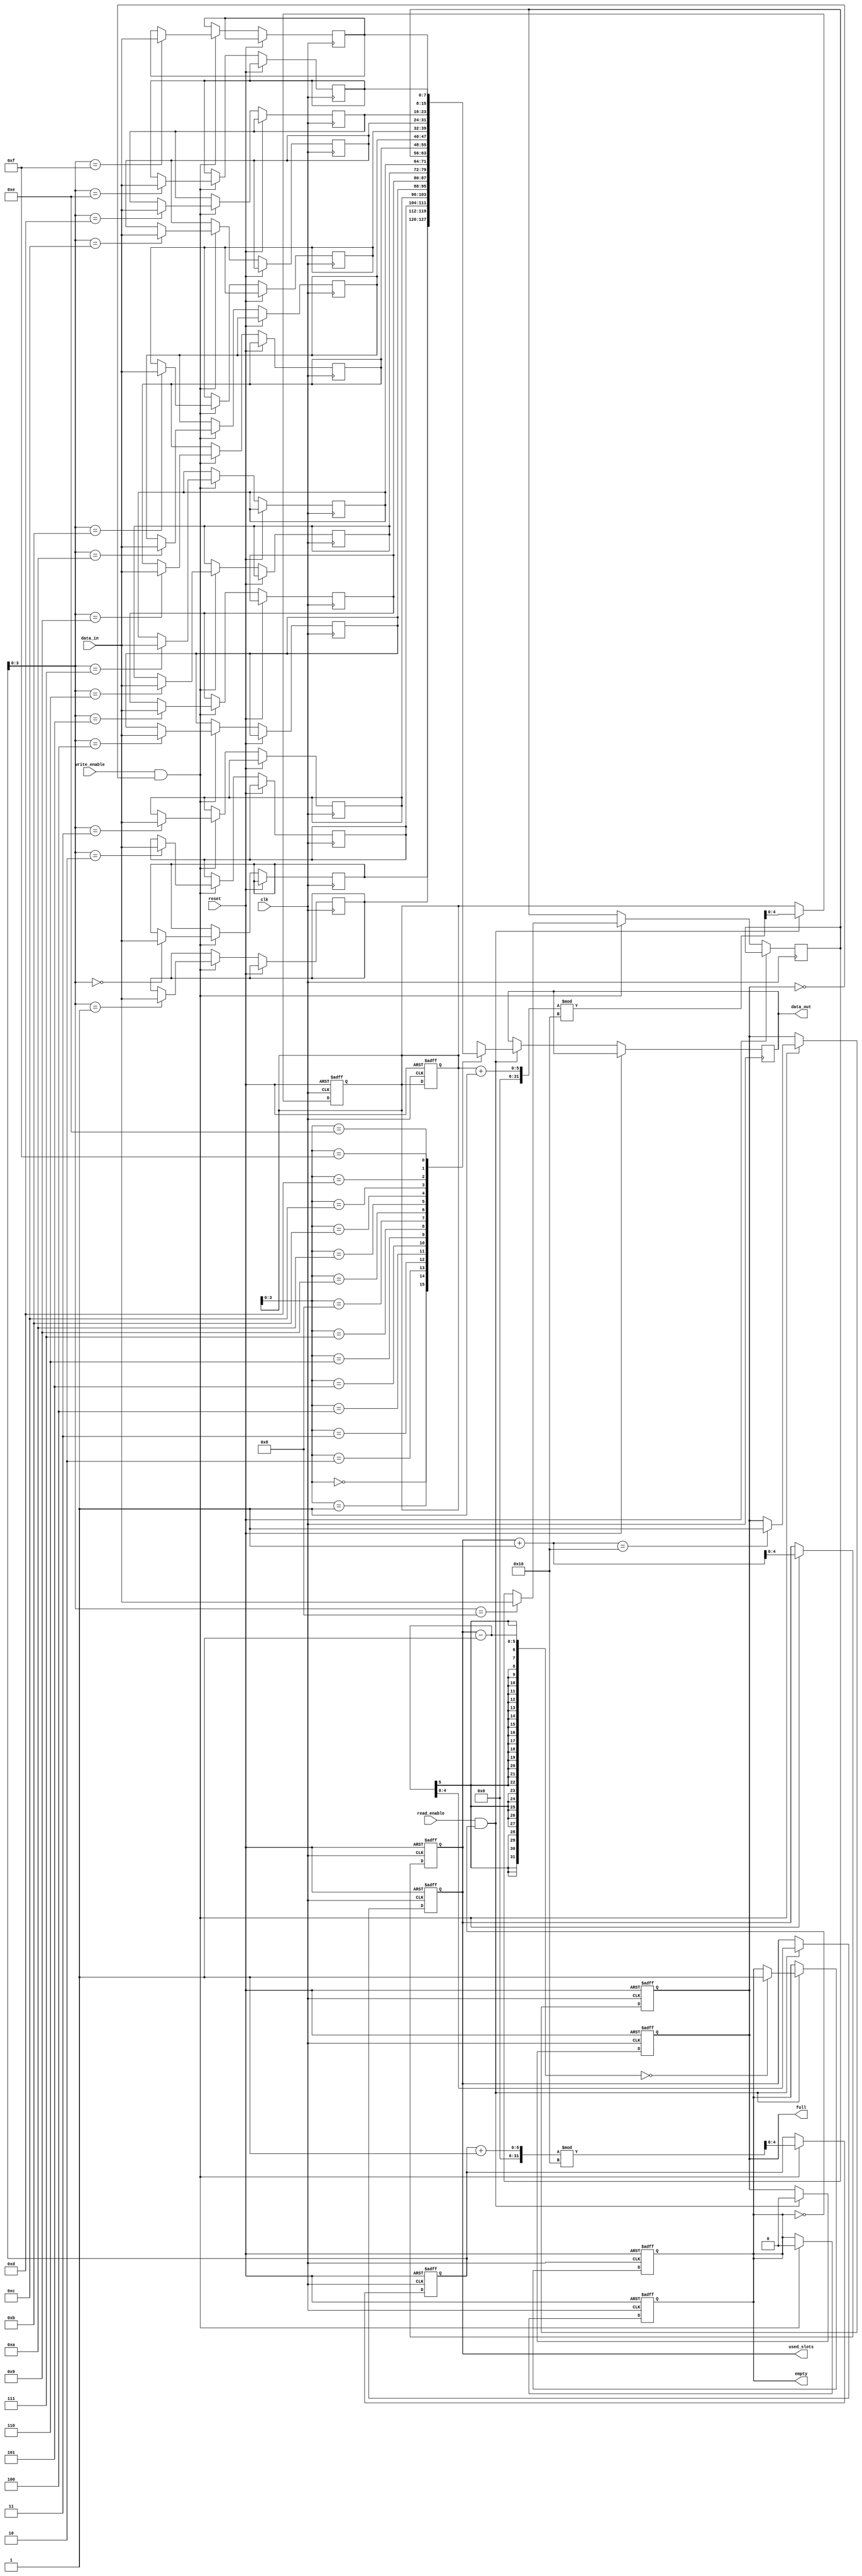
module parameterized_fifo #(
    parameter DATA_WIDTH = 8,      // Width of each data entry in bits
    parameter FIFO_DEPTH = 16       // Total number of entries (must be a power of 2)
) (
    input  wire                  clk,           // Clock signal
    input  wire                  reset,         // Asynchronous reset
    input  wire                  write_enable,  // Write enable signal
    input  wire                  read_enable,   // Read enable signal
    input  wire [DATA_WIDTH-1:0] data_in,       // Input data bus
    output reg  [DATA_WIDTH-1:0] data_out,      // Output data bus
    output reg                   full,          // FIFO full status
    output reg                   empty,         // FIFO empty status
    output reg [4:0]            used_slots      // Number of used slots
);

    // Internal memory array
    reg [DATA_WIDTH-1:0] fifo_mem [0:FIFO_DEPTH-1];

    // Read and Write pointers
    reg [4:0] read_ptr;
    reg [4:0] write_ptr;

    // Initialize signals
    initial begin
        read_ptr = 0;
        write_ptr = 0;
        used_slots = 0;
        full = 0;
        empty = 1;
    end

    // Write operation
    always @(posedge clk or posedge reset) begin
        if (reset) begin
            read_ptr <= 0;
            write_ptr <= 0;
            used_slots <= 0;
            full <= 0;
            empty <= 1;
        end else begin
            if (write_enable && !full) begin
                fifo_mem[write_ptr] <= data_in;       // Write data to FIFO
                write_ptr <= (write_ptr + 1) % FIFO_DEPTH; // Increment write pointer
                used_slots <= used_slots + 1;         // Increment used slots count

                // Update status signals
                if (used_slots + 1 == FIFO_DEPTH) begin
                    full <= 1;                        // FIFO is full
                end
                empty <= 0;                            // FIFO is not empty
            end
        end
    end

    // Read operation
    always @(posedge clk or posedge reset) begin
        if (reset) begin
            read_ptr <= 0;
            used_slots <= 0;
            full <= 0;
            empty <= 1;
        end else begin
            if (read_enable && !empty) begin
                data_out <= fifo_mem[read_ptr];  // Read data from FIFO
                read_ptr <= (read_ptr + 1) % FIFO_DEPTH; // Increment read pointer
                used_slots <= used_slots - 1;     // Decrement used slots count

                // Update status signals
                if (used_slots - 1 == 0) begin
                    empty <= 1;                    // FIFO is empty
                end
                full <= 0;                          // FIFO is not full
            end
        end
    end

endmodule